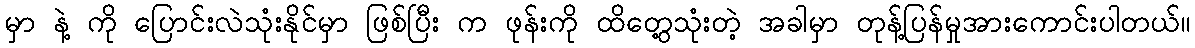
မှာ နဲ့ ကို ပြောင်းလဲသုံးနိုင်မှာ ဖြစ်ပြီး က ဖုန်းကို ထိတွေ့သုံးတဲ့ အခါမှာ တုန့်ပြန်မှုအားကောင်းပါတယ်။